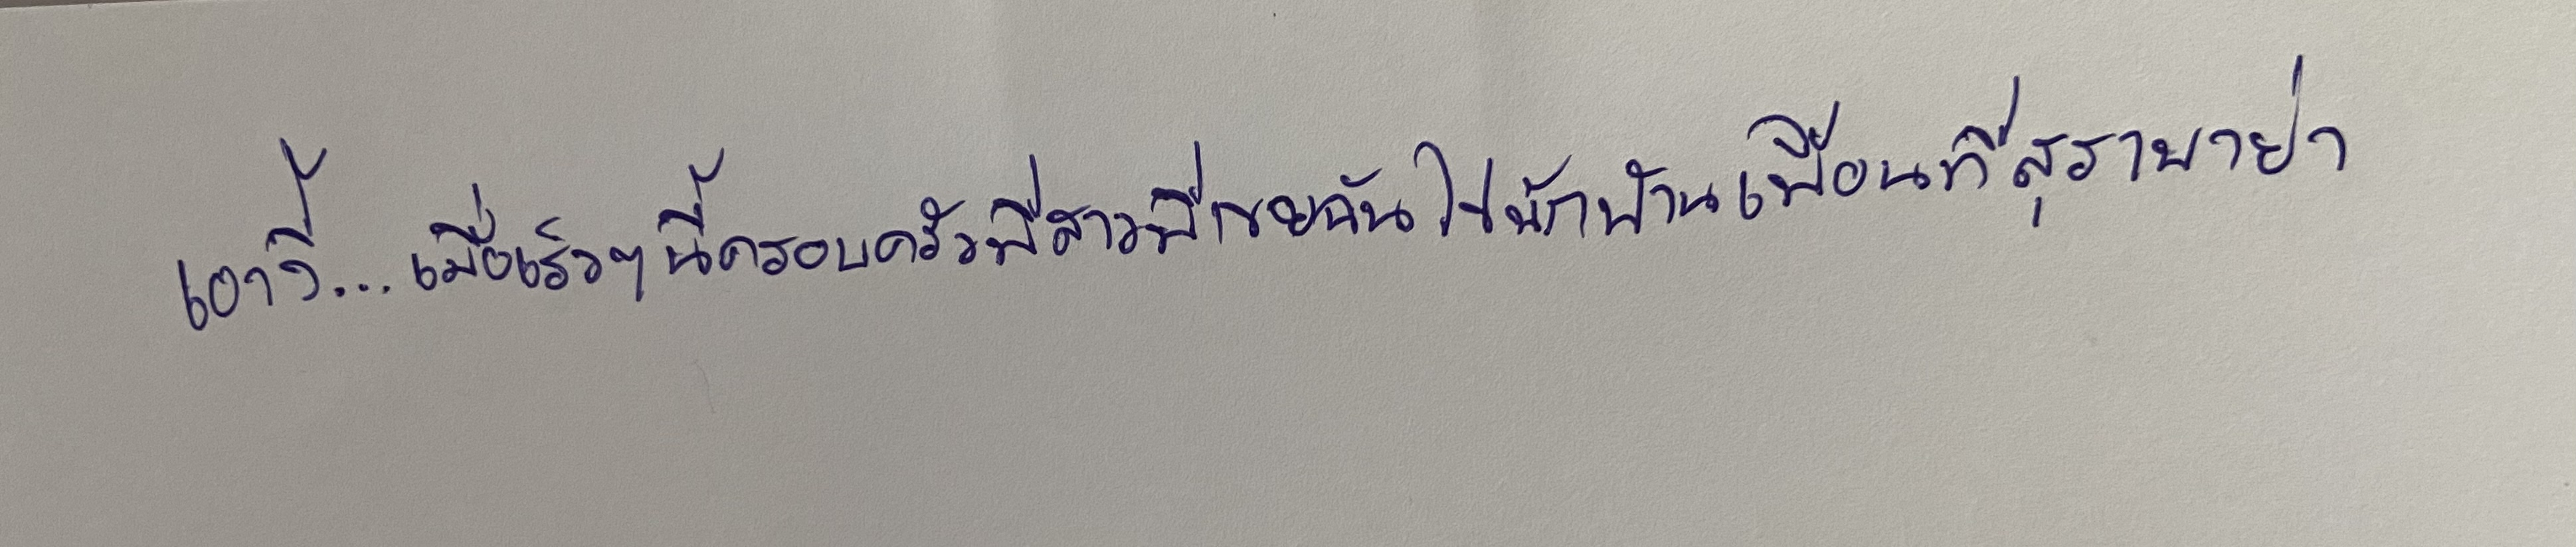
เอางี้...เมื่อเร็วๆนี้ครอบครัวพี่สาวพี่เขยฉันไปพักบ้านเพื่อนที่สุราบาย่า